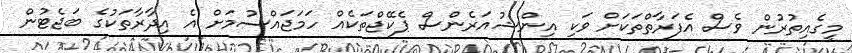
މީގެއިތުރުން ވެސް އެފަރާތްތަކަށް ވަކި އިންޝުއަރެންސް ޕެކޭޖްތަކެއް ހަމަޖައްސުމަށް އެ އިދާރާތަކުގެ ބަޖެޓުން